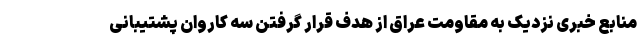
منابع خبری نزدیک به مقاومت عراق از هدف قرار گرفتن سه کاروان پشتیبانی